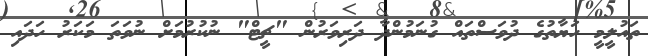
ތައުލީމީ ހަޔާތުގެ ދުވަސްތައް ގުނަމުންދާ ދަރިވަރުން "ޗީޓް" ނުކުރުމަށް ނުވަތަ މަކަރު ހަދައި